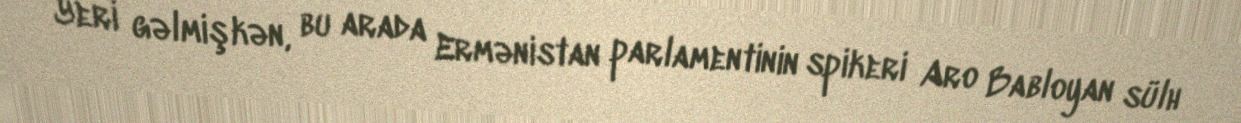
Yeri gəlmişkən, bu arada Ermənistan parlamentinin spikeri Aro Babloyan sülh